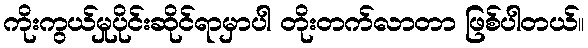
ကိုးကွယ်မှုပိုင်းဆိုင်ရာမှာပါ တိုးတက်လာတာ ဖြစ်ပါတယ်။